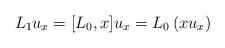
LaTeX: \begin{align*}L_1u_x=[L_0,x]u_x=L_0\left(xu_x\right)\end{align*}